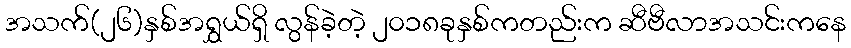
အသက်(၂၆)နှစ်အရွှယ်ရှိ လွန်ခဲ့တဲ့ ၂၀၁၈ခုနှစ်ကတည်းက ဆီဗီလာအသင်းကနေ